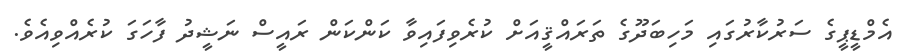
އެމްޑީޕީގެ ސަރުކާރުގައި މަހިބަދޫގެ ތަރައްޤީއަށް ކުރެވިފައިވާ ކަންކަން ރައީސް ނަޝީދު ފާހަގަ ކުރެއްވިއެވެ.